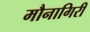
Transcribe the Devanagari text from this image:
मौनागिरी